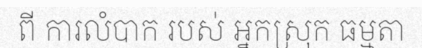
ពី ការលំបាក របស់ អ្នកស្រុក ធម្មតា